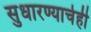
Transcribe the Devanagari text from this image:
सुधारण्याचेही